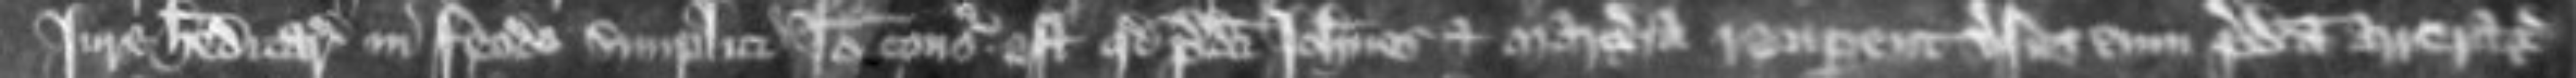
jure hereditario in feodo simplici Ideo consideratum est quod predicti Johannes et Margeria recuperent versus eum predicta arreragia